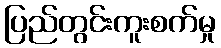
ပြည်တွင်းကူးစက်မှု